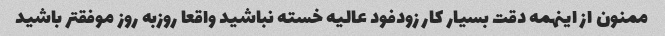
ممنون از اینهمه دقت بسیار کار زودفود عالیه خسته نباشید واقعا روزبه روز موفقتر باشید